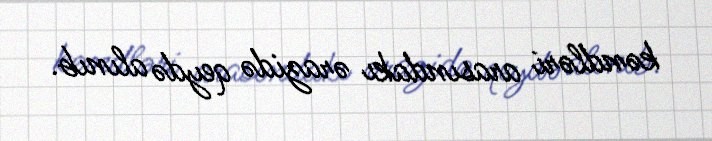
kəndləri arasındakı ərazidə qeydə alınıb.